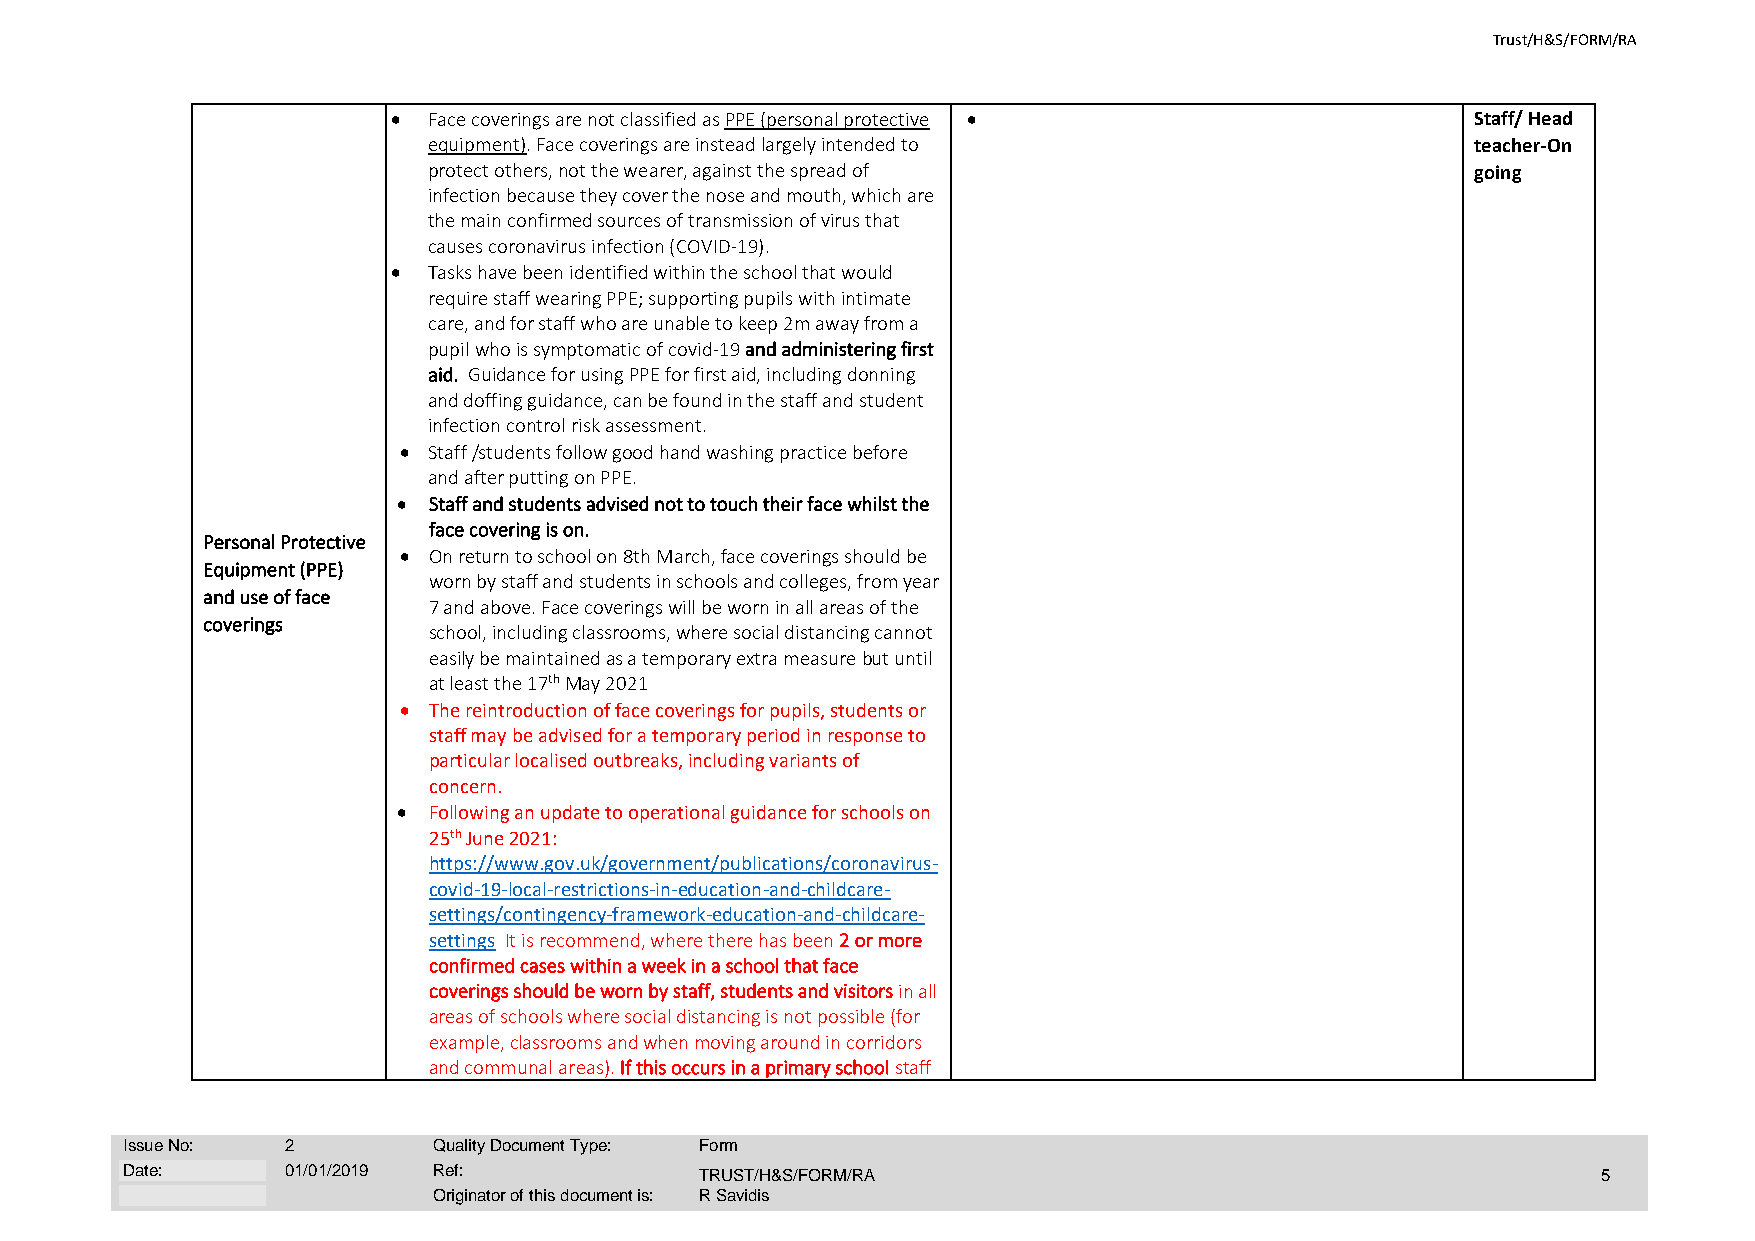
Trust/H&S/FORM/RA
 • Face coverings are not classified as PPE (personal protective •       Staff/ Head
 equipment). Face coverings are instead largely intended to            teacher-On
 protect others, not the wearer, against the spread of                 going
 infection because they cover the nose and mouth, which are
 the main confirmed sources of transmission of virus that
 causes coronavirus infection (COVID-19).
 • Tasks have been identified within the school that would
 require staff wearing PPE; supporting pupils with intimate
 care, and for staff who are unable to keep 2m away from a
 pupil who is symptomatic of covid-19 and administering first
 aid. Guidance for using PPE for first aid, including donning
 and doffing guidance, can be found in the staff and student
 infection control risk assessment.
 • Staff /students follow good hand washing practice before
 and after putting on PPE.
 • Staff and students advised not to touch their face whilst the
 face covering is on.
 Personal Protective
 • On return to school on 8th March, face coverings should be
 Equipment (PPE)
 worn by staff and students in schools and colleges, from year
 and use of face
 7 and above. Face coverings will be worn in all areas of the
 coverings
 school, including classrooms, where social distancing cannot
 easily be maintained as a temporary extra measure but until
 at least the 17th May 2021
 • The reintroduction of face coverings for pupils, students or
 staff may be advised for a temporary period in response to
 particular localised outbreaks, including variants of
 concern.
 • Following an update to operational guidance for schools on
 25th June 2021:
 https://www.gov.uk/government/publications/coronavirus-
 covid-19-local-restrictions-in-education-and-childcare-
 settings/contingency-framework-education-and-childcare-
 settings It is recommend, where there has been 2 or more
 confirmed cases within a week in a school that face
 coverings should be worn by staff, students and visitors in all
 areas of schools where social distancing is not possible (for
 example, classrooms and when moving around in corridors
 and communal areas). If this occurs in a primary school staff
 Issue No:  2         Quality Document Type: Form
 Date:      01/01/2019 Ref:            TRUST/H&S/FORM/RA                                           5
 Originator of this document is: R Savidis